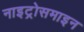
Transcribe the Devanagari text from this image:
नाइट्रोसमाइन